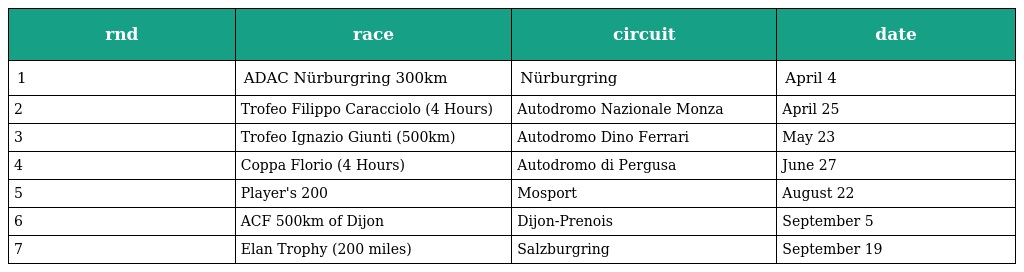
| rnd | race | circuit | date |
 | --- | --- | --- | --- |
 | 1 | ADAC Nürburgring 300km | Nürburgring | April 4 |
 | 2 | Trofeo Filippo Caracciolo (4 Hours) | Autodromo Nazionale Monza | April 25 |
 | 3 | Trofeo Ignazio Giunti (500km) | Autodromo Dino Ferrari | May 23 |
 | 4 | Coppa Florio (4 Hours) | Autodromo di Pergusa | June 27 |
 | 5 | Player's 200 | Mosport | August 22 |
 | 6 | ACF 500km of Dijon | Dijon-Prenois | September 5 |
 | 7 | Elan Trophy (200 miles) | Salzburgring | September 19 |